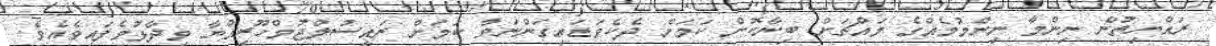
ރައްޔިތުން ނިންމާ ނިންމުމެއްގެ މައްޗަށް ބިނާކޮށް ކަމަށް ދެކެވަޑައިގަންނަވާ ކަމަށް ރައީސުލްޖުމްހޫރިއްޔާ ވިދާޅުވެފައިވެއެވެ.